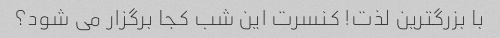
با بزرگترین لذت! کنسرت این شب کجا برگزار می شود؟